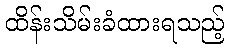
ထိန်းသိမ်းခံထားရသည့်